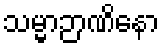
သမ္မာဉာဏိနော